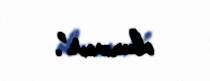
olunmur”.